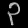
Digit: ၃